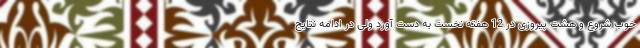
خوب شروع و هشت پیروزی در 12 هفته نخست به دست آورد ولی در ادامه نتایج